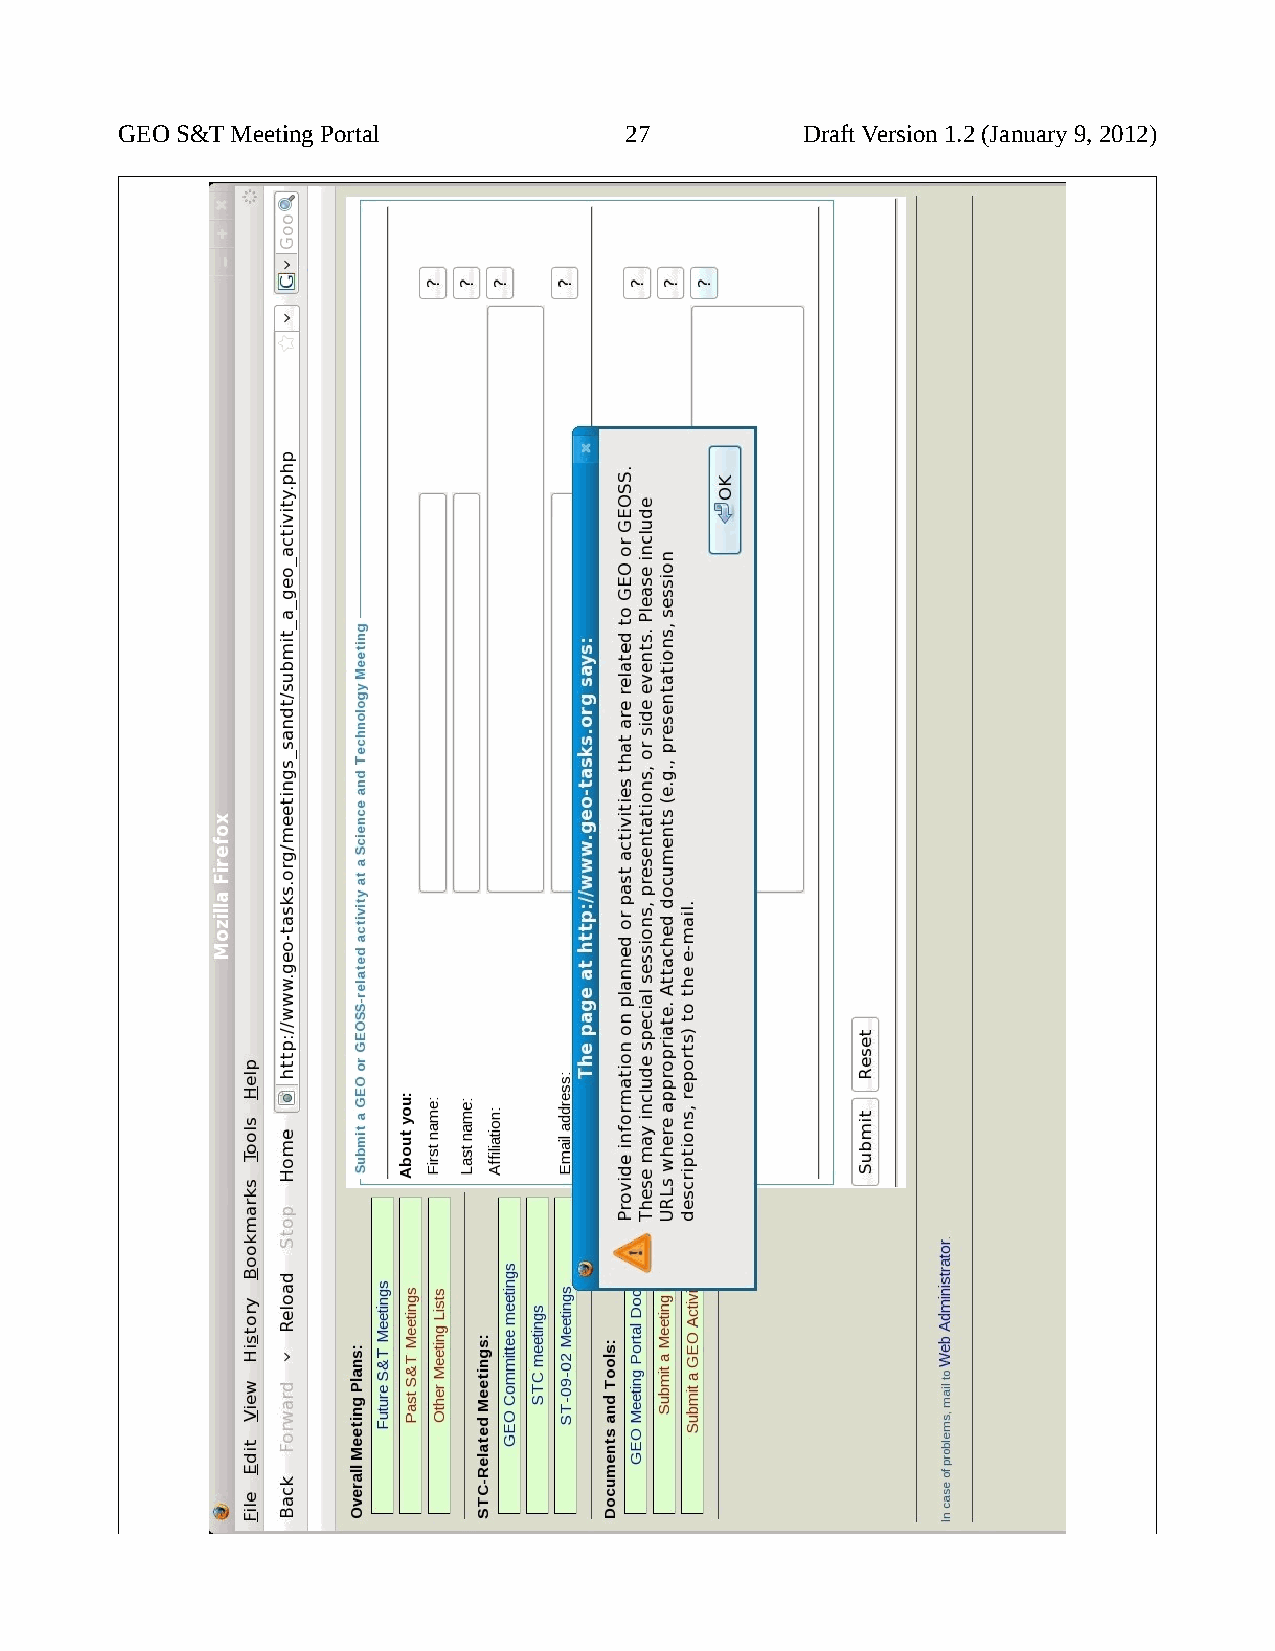
GEO S&T Meeting Portal           27          Draft Version 1.2 (January 9, 2012)